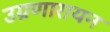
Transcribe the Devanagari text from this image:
उग्रणारायन